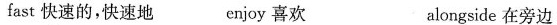
fast 快速的,快速地 enjoy 喜欢 alongside 在旁边